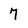
Character: 7